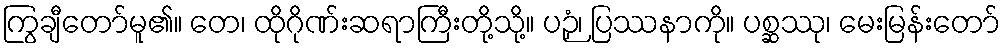
ကြွချီတော်မူ၏။ တေ၊ ထိုဂိုဏ်းဆရာကြီးတို့သို့။ ပဉှံ၊ ပြဿနာကို။ ပစ္ဆဿု၊ မေးမြန်းတော်